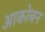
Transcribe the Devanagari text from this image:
आकोचन